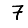
Digit: 7